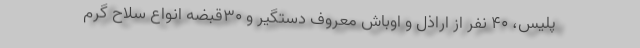
پلیس، ۴۰ نفر از اراذل و اوباش معروف دستگیر و ۳۰قبضه انواع سلاح گرم